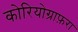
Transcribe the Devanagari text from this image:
कोरियोग्राफ़रा